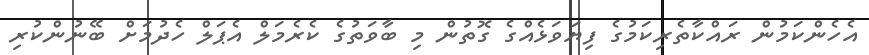
އެހެންކަމުން ރައްކާތެރިކަމުގެ ފިޔަވަޅެއްގެ ގޮތުން މި ބާވަތުގެ ކެރެމަލް އެޕަލް ހެދުމަށް ބޭނުންކުރި